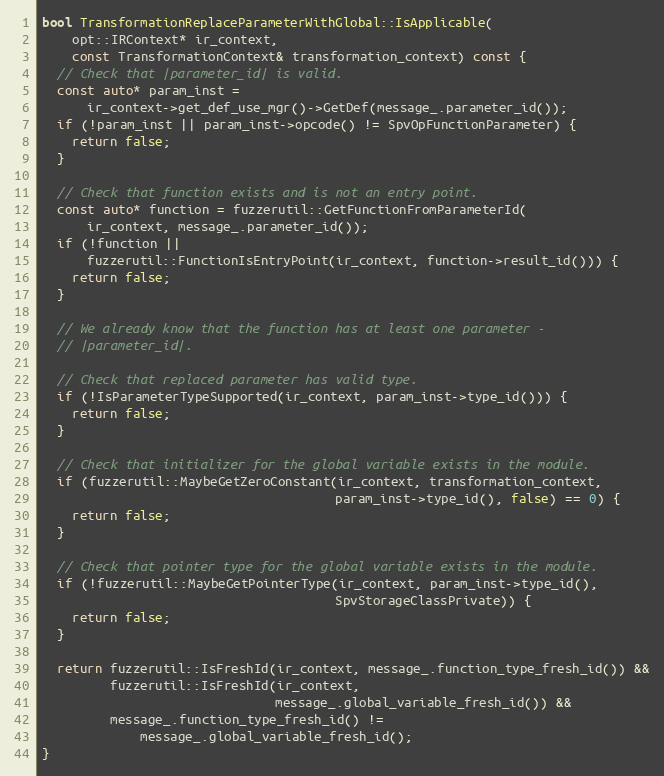
Language: C++
bool TransformationReplaceParameterWithGlobal::IsApplicable(
    opt::IRContext* ir_context,
    const TransformationContext& transformation_context) const {
  // Check that |parameter_id| is valid.
  const auto* param_inst =
      ir_context->get_def_use_mgr()->GetDef(message_.parameter_id());
  if (!param_inst || param_inst->opcode() != SpvOpFunctionParameter) {
    return false;
  }

  // Check that function exists and is not an entry point.
  const auto* function = fuzzerutil::GetFunctionFromParameterId(
      ir_context, message_.parameter_id());
  if (!function ||
      fuzzerutil::FunctionIsEntryPoint(ir_context, function->result_id())) {
    return false;
  }

  // We already know that the function has at least one parameter -
  // |parameter_id|.

  // Check that replaced parameter has valid type.
  if (!IsParameterTypeSupported(ir_context, param_inst->type_id())) {
    return false;
  }

  // Check that initializer for the global variable exists in the module.
  if (fuzzerutil::MaybeGetZeroConstant(ir_context, transformation_context,
                                       param_inst->type_id(), false) == 0) {
    return false;
  }

  // Check that pointer type for the global variable exists in the module.
  if (!fuzzerutil::MaybeGetPointerType(ir_context, param_inst->type_id(),
                                       SpvStorageClassPrivate)) {
    return false;
  }

  return fuzzerutil::IsFreshId(ir_context, message_.function_type_fresh_id()) &&
         fuzzerutil::IsFreshId(ir_context,
                               message_.global_variable_fresh_id()) &&
         message_.function_type_fresh_id() !=
             message_.global_variable_fresh_id();
}